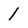
Character: 1